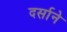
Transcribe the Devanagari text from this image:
दर्साने